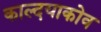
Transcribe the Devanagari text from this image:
काल्दयाकोव